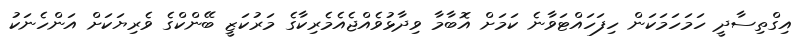
އިގްތިސާދީ ހަމަހަމަކަން ހިފަހައްޓަވާނެ ކަމަށް އޮބާމާ ވިދާޅުވެއްޖެއެމެރިކާގެ މަރުކަޒީ ބޭންކްގެ ވެރިޔަކަށް އަންހެނަކު